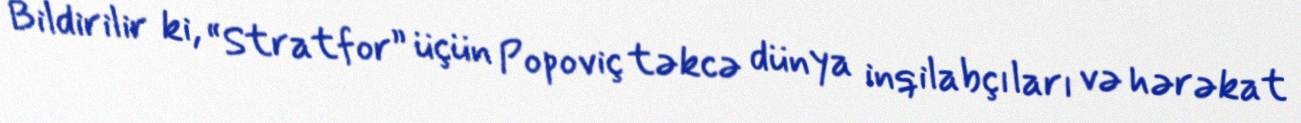
Bildirilir ki, “Stratfor” üçün Popoviç təkcə dünya inqilabçıları və hərəkat